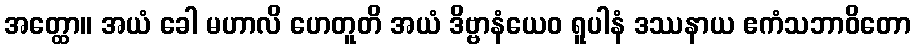
အတ္ထော။ အယံ ခေါ မဟာလိ ဟေတူတိ အယံ ဒိဗ္ဗာနံယေဝ ရူပါနံ ဒဿနာယ ဧကံသဘာဝိတော